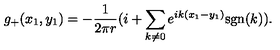
g _ { + } ( x _ { 1 } , y _ { 1 } ) = - \frac { 1 } { 2 \pi r } ( i + \sum _ { k \neq 0 } e ^ { i k ( x _ { 1 } - y _ { 1 } ) } \mathrm { s g n } ( k ) ) .